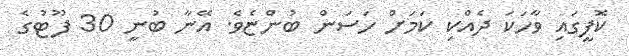
ކޮފީގައި ވާހަކަ ދެއްކި ކަމަށް ހަސަން ބުންޏެވެ. އޭނާ ބުނީ 30 ފޫޓުގެ